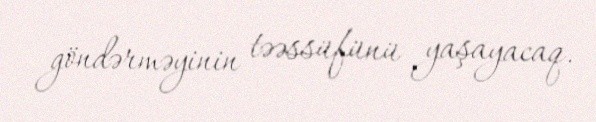
göndərməyinin təəssüfünü yaşayacaq.